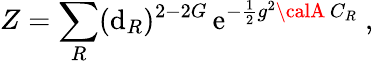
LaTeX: Z=\sum_{R}(\mathrm{d}_{R})^{2-2G}\, \mathrm{{e}}^{-{\frac{{1}}{{2}}}g^{2}{\calA}\, C_{R}}~,